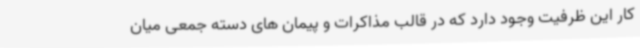
کار این ظرفیت وجود دارد که در قالب مذاکرات و پیمان های دسته جمعی میان